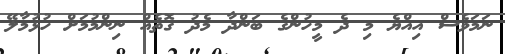
ނަމަވެސް އިއްޔެ މި ދެ މީހުންގެ ބަންދާ މެދު ގޮތެއް ނިންމުމަށް ހުޅުމާލޭ